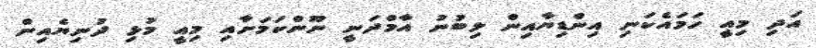
އަދި މިއީ ހަމައެކަނި އިންޑިޔާއިން ލިބުނު އާމްދަނީ ނޫންކަމަށާއި މިއީ މުޅި ދުނިޔެއިން